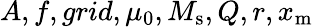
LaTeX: A,f,grid,\mu_{0},M_{\mathrm{s}},Q,r,x_{\mathrm{m}}